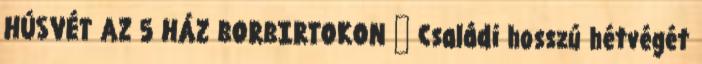
HÚSVÉT AZ 5 HÁZ BORBIRTOKON 🐇 Családi hosszú hétvégét